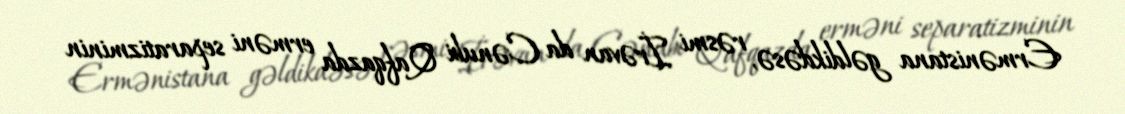
Ermənistana gəldikdəsə, rəsmi İrəvan da Cənubi Qafqazda erməni separatizminin